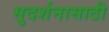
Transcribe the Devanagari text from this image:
सुदर्शनासाठी